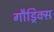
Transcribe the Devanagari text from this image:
गौड्रिक्स